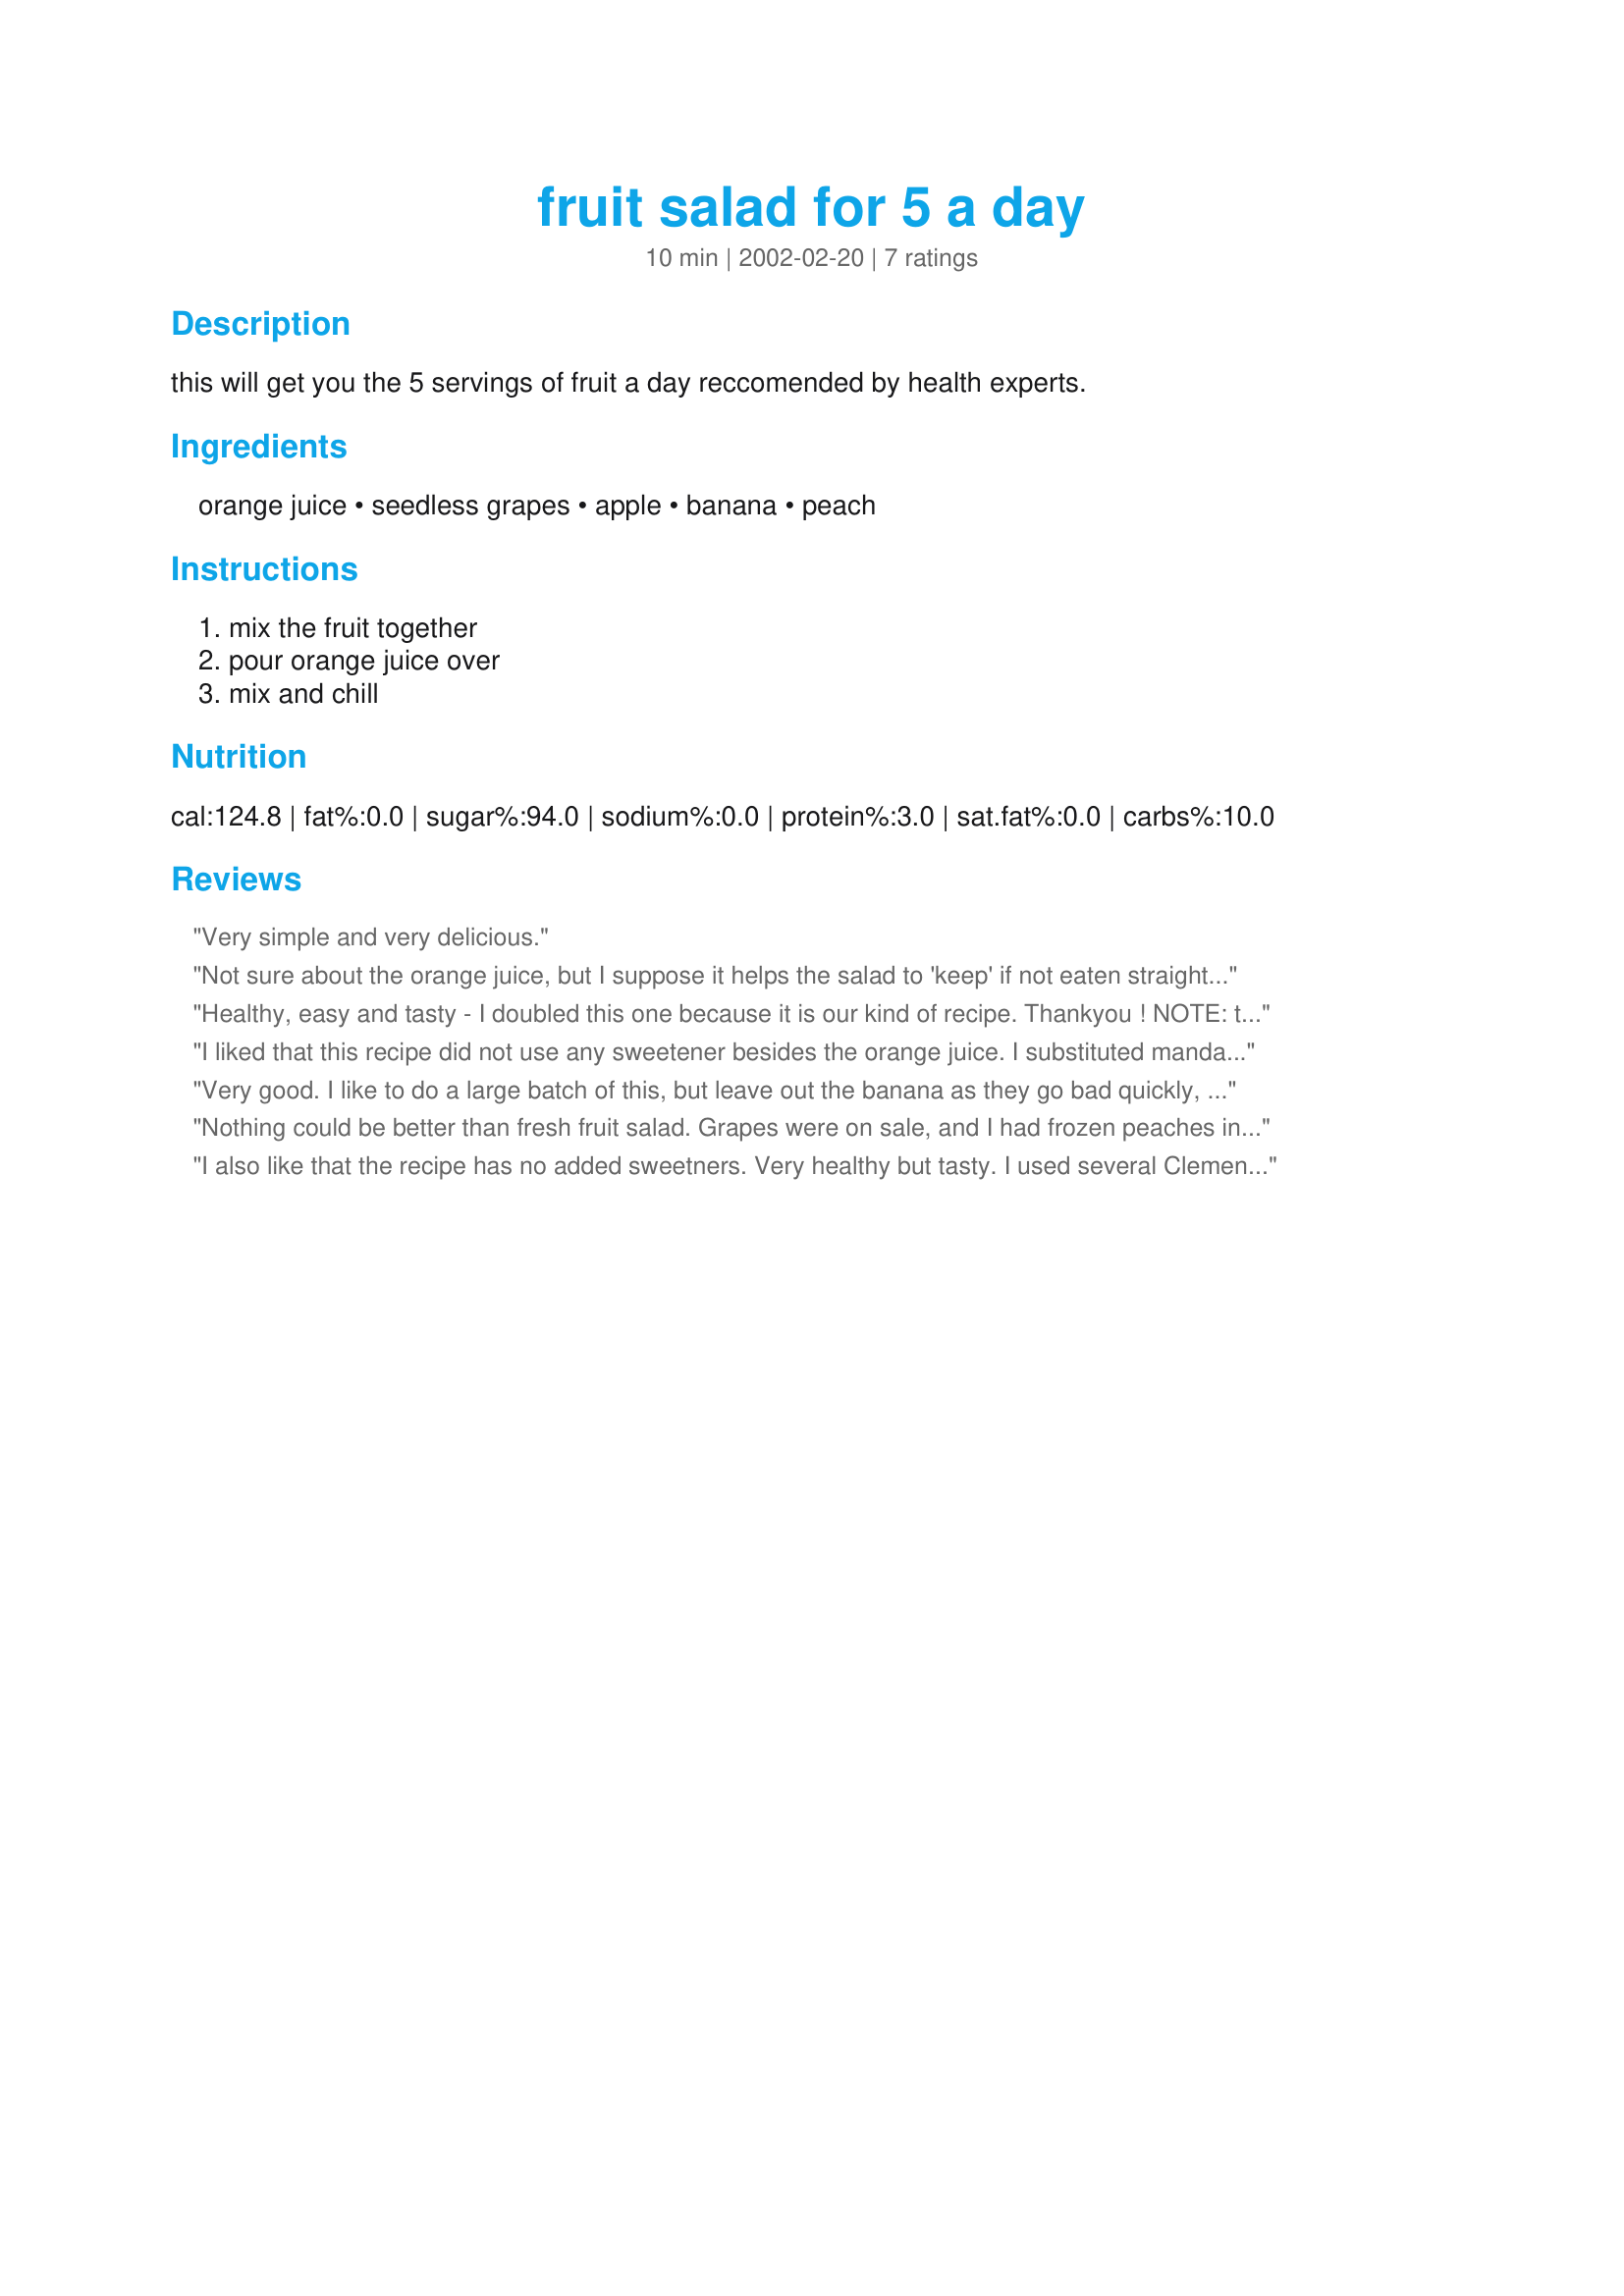
fruit salad for 5 a day
Preparation time: 10 minutes

this will get you the 5 servings of fruit a day reccomended by health experts.

Ingredients:
orange juice, seedless grapes, apple, banana, peach

Steps:
mix the fruit together, pour orange juice over, mix and chill

Reviews:
Very simple and very delicious.
Not sure about the orange juice, but I suppose it helps the salad to 'keep' if not eaten straightaway:)

Healthy, easy and tasty - I doubled this one because it is our kind of recipe. Thankyou !
NOTE: the banannas do not hold up more than a day or so... leave them out if you want to double.
I liked that this recipe did not use any sweetener besides the orange juice. I substituted mandarine oranges for the peach and doubled the recipe for a crowd. The bananas fared well as it was all gobbled up quickly.
Very good. I like to do a large batch of this, but leave out the banana as they go bad quickly, but add strawberries and pineapple. No matter what it is delicious though.
Nothing could be better than fresh fruit salad. Grapes were on sale, and I had frozen peaches in the freezer. The orange juice put it over the top. I think you could mix a little pineapple juice in too, and next time, I will try that. Thanks, Nez, for sharing.
I also like that the recipe has no added sweetners. Very healthy but tasty. I used several Clementine oranges in place of the peach since they were in season and the segments are pefect bite-sized pieces. I threw it together quickly on Thanksgiving morning for my guests. I didn't measure but I probably tripled the ingredients.
